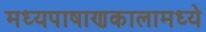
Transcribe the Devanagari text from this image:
मध्यपाषाणकालामध्ये